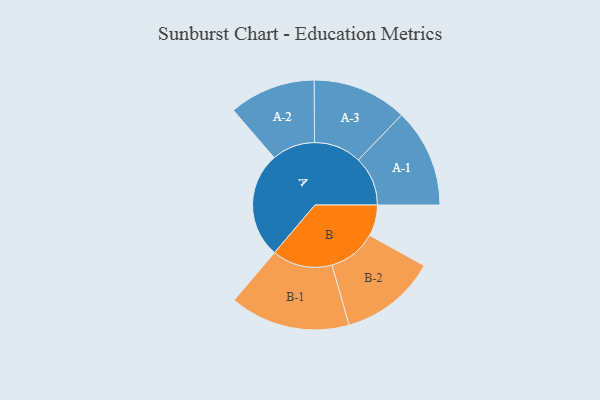
{"axis": {"x": "Segment", "y": "Value"}, "legend": ["", "A", "B"], "data": [{"x": "A", "y": 480, "type": ""}, {"x": "B", "y": 141, "type": ""}, {"x": "A-1", "y": 224, "type": "A"}, {"x": "A-2", "y": 196, "type": "A"}, {"x": "A-3", "y": 215, "type": "A"}, {"x": "B-1", "y": 273, "type": "B"}, {"x": "B-2", "y": 219, "type": "B"}]}